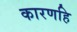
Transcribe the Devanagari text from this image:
कारणहि